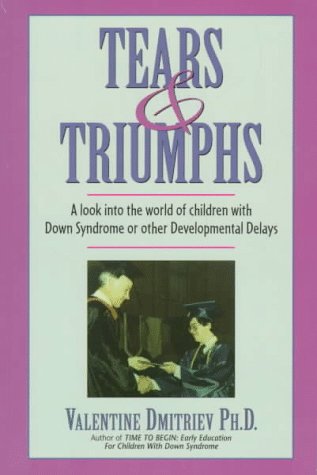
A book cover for Tears & Triumphs: A Look into the World of Children With Down Syndrome or Other Developmental Delays; Valentine Dmitriev; Health, Fitness & Dieting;